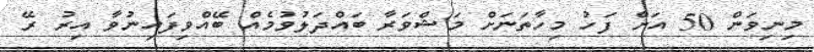
މިނިވަން 50 އަށް ފަހު މިހާތަނަށް މަޝްވަރާ ބައްދަލުވުމެއް ބޭއްވިފައިނުވާ އިރު ރޭ